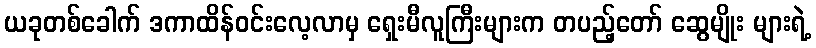
ယခုတစ်ခေါက် ဒကာထိန်ဝင်းလေ့လာမှ ရှေးမီလူကြီးများက တပည့်တော် ဆွေမျိုး များရဲ့